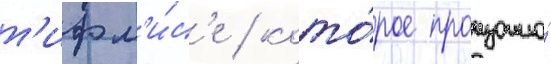
т'ифл'и́с'е / кото́рое произошло́